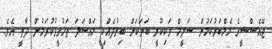
ޖޭއެސްސީގެ މެމްބަރުކަމުން ސަލީމް ވަކިކުރީ ބަޔަކަށް ބިރުދެއްކި މައްސަލަ ތަހުގީގުކުރަމުން ދާތީ އެވެ.